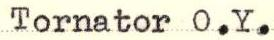
Tornator O.Y.